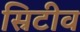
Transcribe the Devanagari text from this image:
स्रिटीव